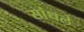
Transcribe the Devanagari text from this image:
सांधले